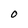
Character: O